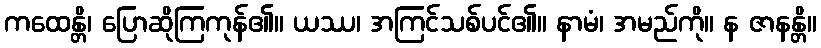
ကထေန္တိ၊ ပြောဆိုကြကုန်၏။ ယဿ၊ အကြင်သစ်ပင်၏။ နာမံ၊ အမည်ကို။ န ဇာနန္တိ။